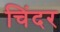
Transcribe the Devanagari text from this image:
चिंदर